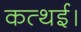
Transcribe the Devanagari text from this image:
कत्थई।